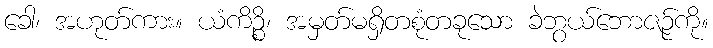
ခေါ၊ အဟုတ်ကား။ ယံကိဉ္စိ၊ အမှတ်မရှိတစုံတခုသော ခဲဘွယ်ဘောဇဉ်ကို။